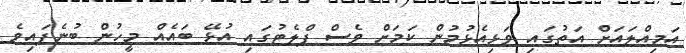
އަމިއްލައަށް އަތުގައި ވަޅިއެޅުމުން ކަމަށް ވެސް ފްލެޓުގައި އުޅޭ ބައެއް މީހުން ބުނެފައިވެ